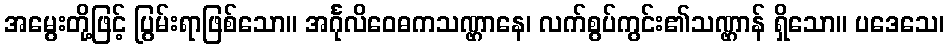
အမွေးတို့ဖြင့် ပြွမ်းရာဖြစ်သော။ အင်္ဂုလိဝေဓကသဏ္ဌာနေ၊ လက်စွပ်ကွင်း၏သဏ္ဌာန် ရှိသော။ ပဒေသေ၊